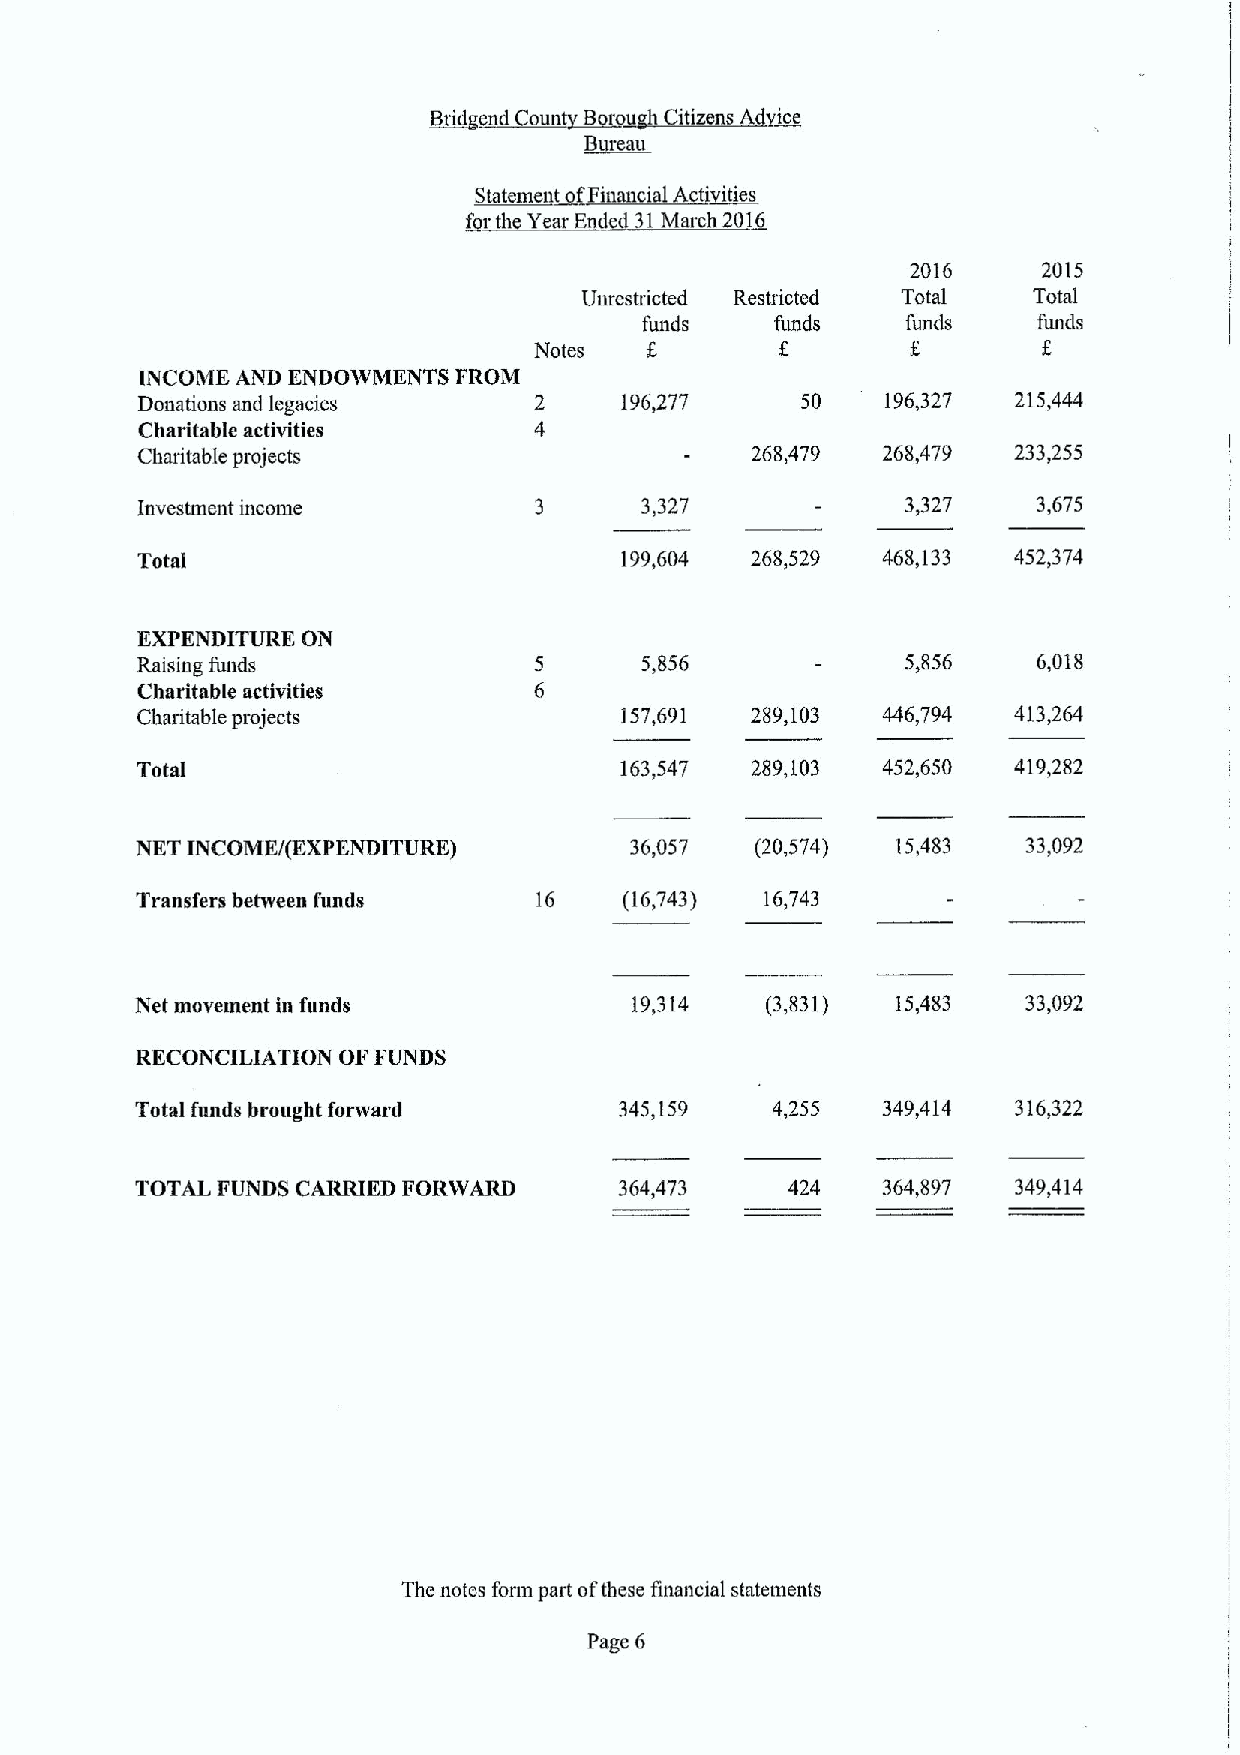
~Bi en~~oun B~~~itize~ns dgice
 Bttaau
 St t  t~fFi i lA '~ti
 fear th Year End 31March 20131
 2016     2015
 Uurestricted Restricted Total Total
 funds   funds    funds    funds
 I
 Notes                    8
 INCOME AND ENDOWMENTS FROM
 Donations and legacies    2     196,277     50    196,327 215,444
 Charitable activities     4
 Charitable projects                      268,479 26)8,479 233,255
 Investment income         3      3,327             3,327    3,675
 Total                           199,604  268,529 468,133  452,374
 EXPENDITURE ON
 Raising funds             5      5,856             5,856    6,018
 Charitable activities     6
 Charitable projects             157,691  289,103 446,794  413,264
 Total                           163,547  289,103 452,650  419,282
 NKT INCOME/(EXPENDITURE)         36,057  (20,574) 15,483   33,092
 Transfers between funds    16   (16,743)  16,743
 Net movement in funds            19,314   (3,831) 15,483   33,092
 RECONCILIATION OF FUNDS
 Total funds brought forward     345,159   4,255  349,414  316,322
 TOTAL FUNDS CARRIED FORWARD     364,473    424   364,897  349,414
 Thc notes foun part ofthese financial statements
 Page 6